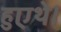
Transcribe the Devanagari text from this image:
हुएथे।